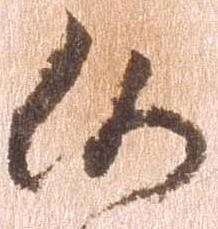
候